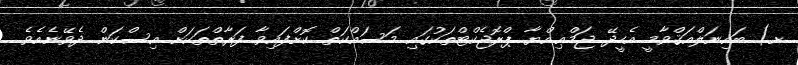
ށ) ބައިނަލްއަޤްވާމީ އެހީދޭ ޖަމްޢިއްޔާ ޕްރޮޖެކްޓްތަކުގައި މަސައްކަތް ކޮށްފައިވާ ފަރާތްތަކަށް އިސްކަން ދެވޭނެއެވެ.